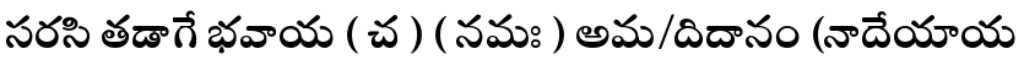
సరసి తడాగే భవాయ ( చ ) ( నమః ) అమ/దిదానం (నాదేయాయ